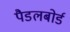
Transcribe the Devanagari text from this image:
पैडलबोर्ड